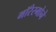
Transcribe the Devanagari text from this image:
मॉरेस्मोने